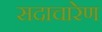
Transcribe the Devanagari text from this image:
सदाचारेण